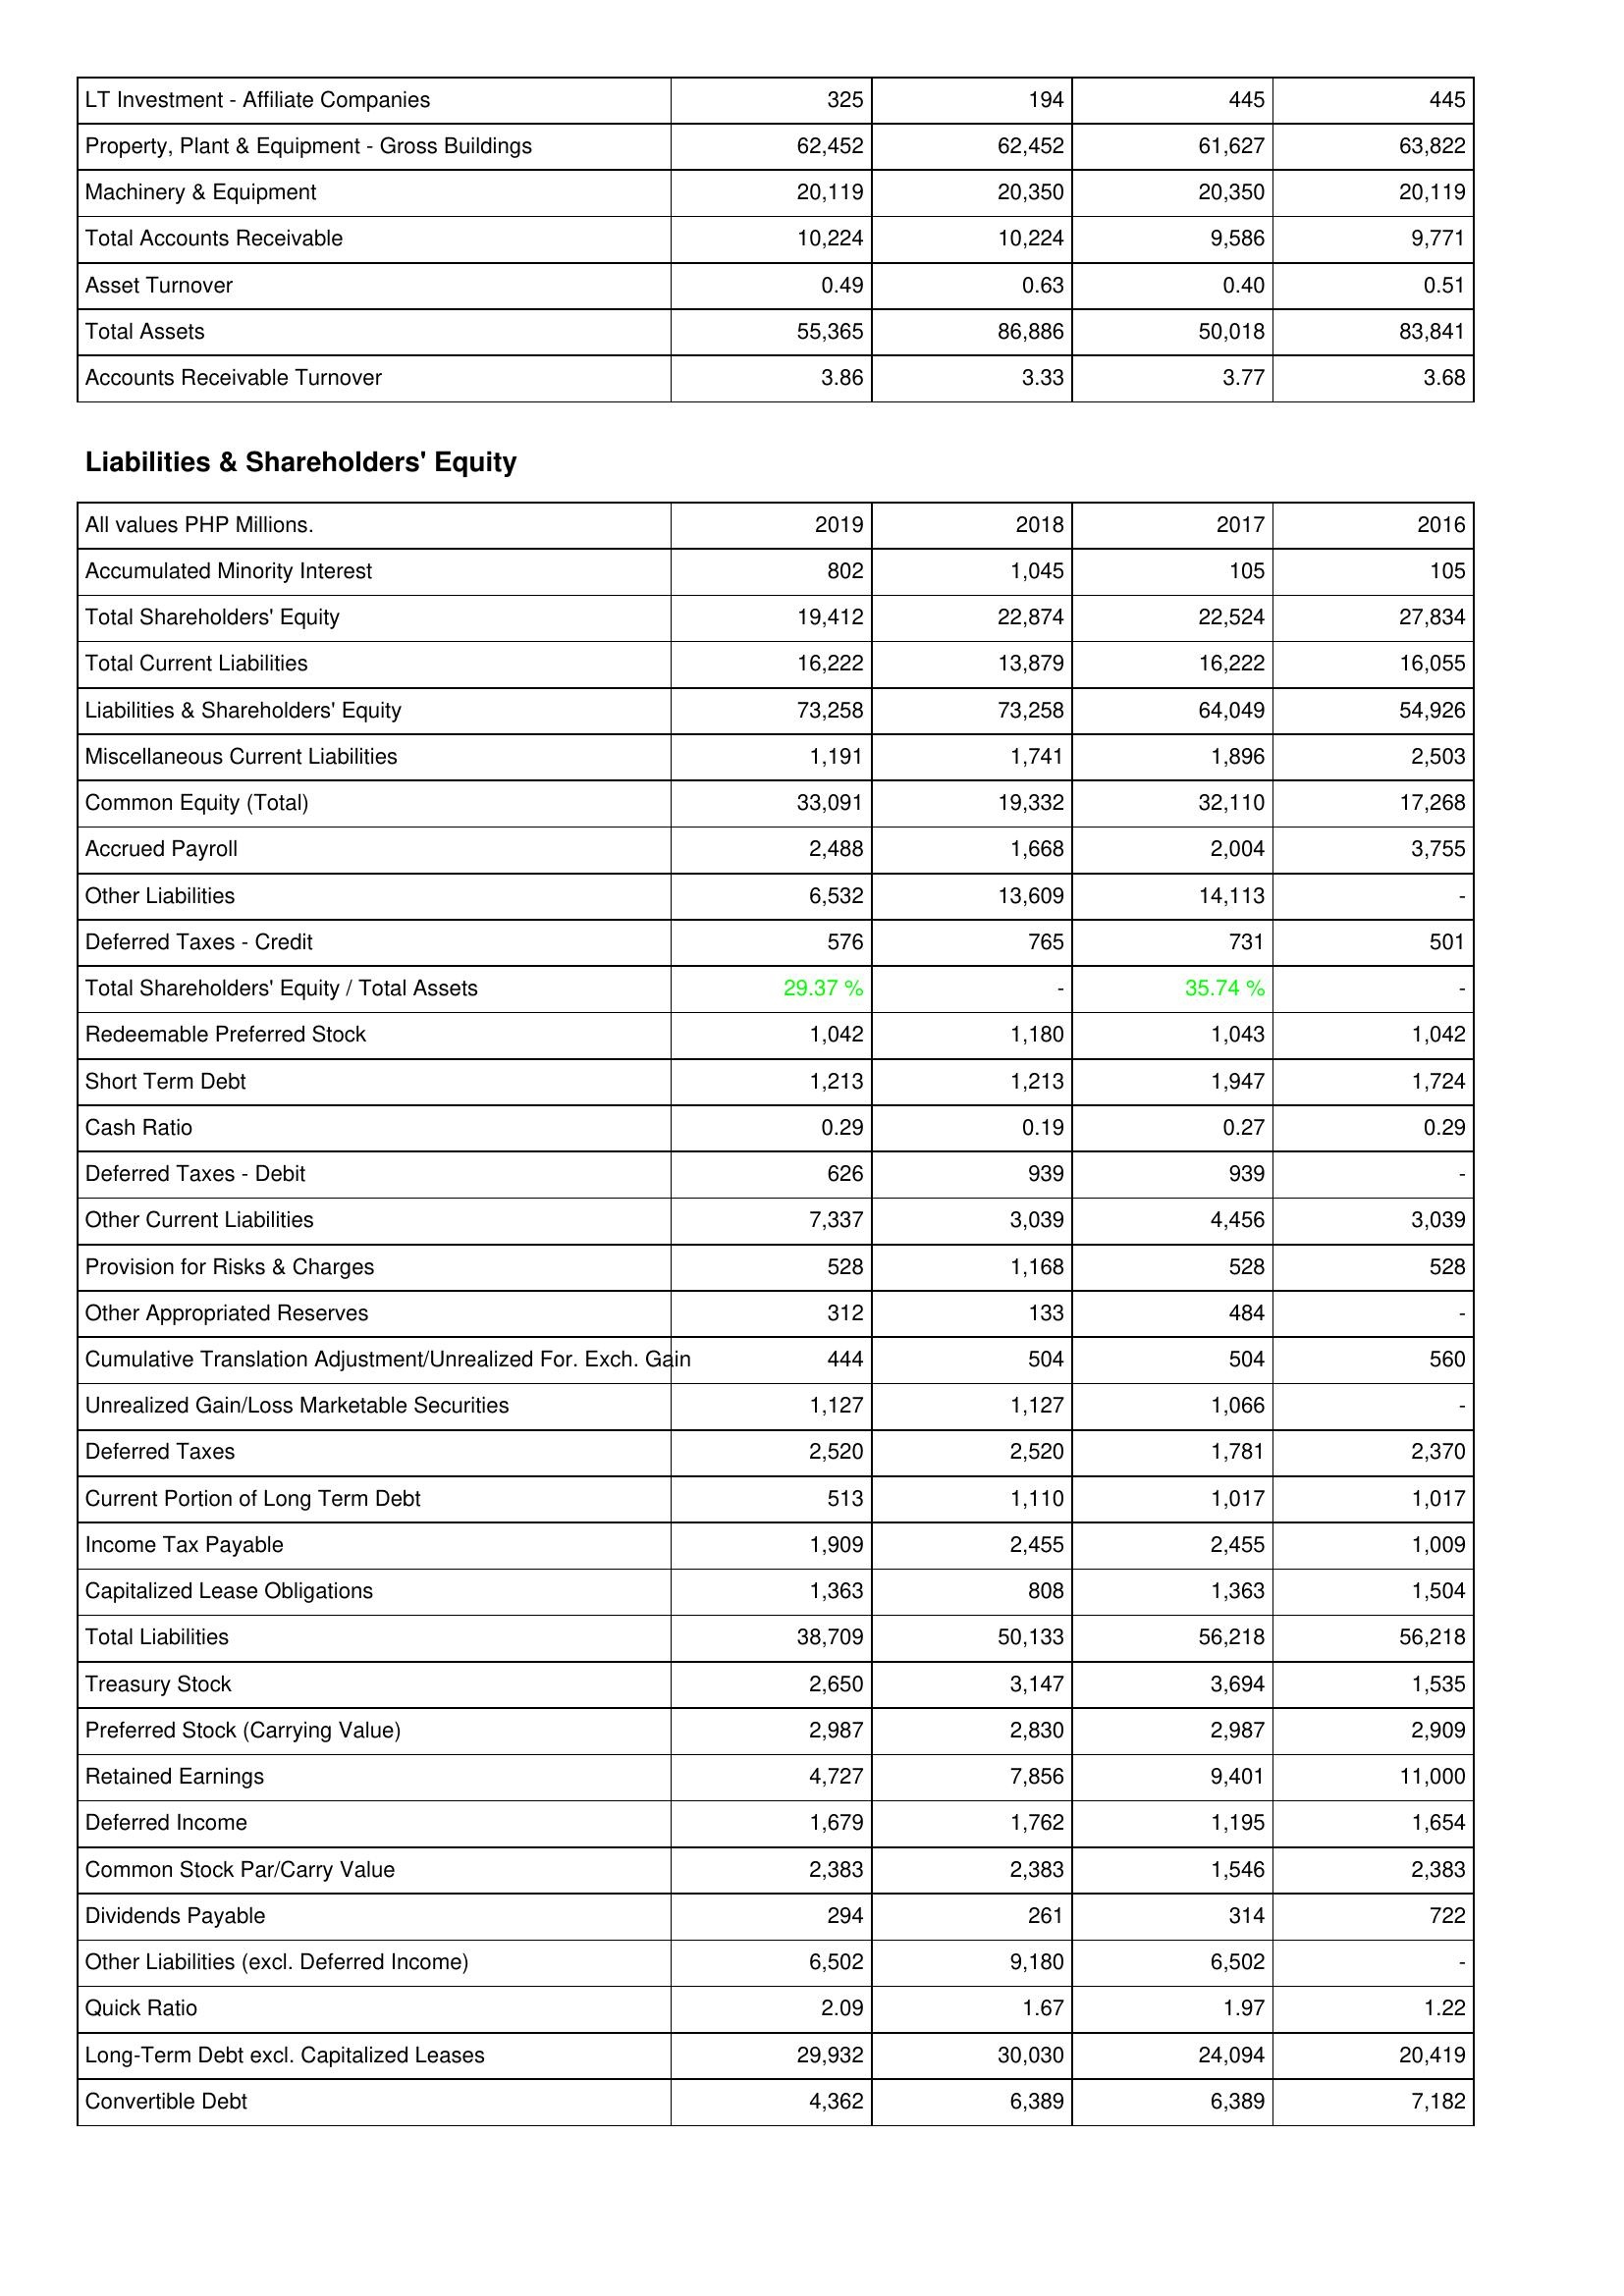
2019: Assets: LT Investment - Affiliate Companies: 325
Property, Plant & Equipment - Gross Buildings: 62,452
Machinery & Equipment: 20,119
Total Accounts Receivable: 10,224
Asset Turnover: 0.49
Total Assets: 55,365
Accounts Receivable Turnover: 3.86
Liabilities & Shareholders' Equity: Accumulated Minority Interest: 802
Total Shareholders' Equity: 19,412
Total Current Liabilities: 16,222
Liabilities & Shareholders' Equity: 73,258
Miscellaneous Current Liabilities: 1,191
Common Equity (Total): 33,091
Accrued Payroll: 2,488
Other Liabilities: 6,532
Deferred Taxes - Credit: 576
Total Shareholders' Equity / Total Assets: 29.37 %
Redeemable Preferred Stock: 1,042
Short Term Debt: 1,213
Cash Ratio: 0.29
Deferred Taxes - Debit: 626
Other Current Liabilities: 7,337
Provision for Risks & Charges: 528
Other Appropriated Reserves: 312
Cumulative Translation Adjustment/Unrealized For. Exch. Gain: 444
Unrealized Gain/Loss Marketable Securities: 1,127
Deferred Taxes: 2,520
Current Portion of Long Term Debt: 513
Income Tax Payable: 1,909
Capitalized Lease Obligations: 1,363
Total Liabilities: 38,709
Treasury Stock: 2,650
Preferred Stock (Carrying Value): 2,987
Retained Earnings: 4,727
Deferred Income: 1,679
Common Stock Par/Carry Value: 2,383
Dividends Payable: 294
Other Liabilities (excl. Deferred Income): 6,502
Quick Ratio: 2.09
Long-Term Debt excl. Capitalized Leases: 29,932
Convertible Debt: 4,362
2018: Assets: LT Investment - Affiliate Companies: 194
Property, Plant & Equipment - Gross Buildings: 62,452
Machinery & Equipment: 20,350
Total Accounts Receivable: 10,224
Asset Turnover: 0.63
Total Assets: 86,886
Accounts Receivable Turnover: 3.33
Liabilities & Shareholders' Equity: Accumulated Minority Interest: 1,045
Total Shareholders' Equity: 22,874
Total Current Liabilities: 13,879
Liabilities & Shareholders' Equity: 73,258
Miscellaneous Current Liabilities: 1,741
Common Equity (Total): 19,332
Accrued Payroll: 1,668
Other Liabilities: 13,609
Deferred Taxes - Credit: 765
Total Shareholders' Equity / Total Assets: -
Redeemable Preferred Stock: 1,180
Short Term Debt: 1,213
Cash Ratio: 0.19
Deferred Taxes - Debit: 939
Other Current Liabilities: 3,039
Provision for Risks & Charges: 1,168
Other Appropriated Reserves: 133
Cumulative Translation Adjustment/Unrealized For. Exch. Gain: 504
Unrealized Gain/Loss Marketable Securities: 1,127
Deferred Taxes: 2,520
Current Portion of Long Term Debt: 1,110
Income Tax Payable: 2,455
Capitalized Lease Obligations: 808
Total Liabilities: 50,133
Treasury Stock: 3,147
Preferred Stock (Carrying Value): 2,830
Retained Earnings: 7,856
Deferred Income: 1,762
Common Stock Par/Carry Value: 2,383
Dividends Payable: 261
Other Liabilities (excl. Deferred Income): 9,180
Quick Ratio: 1.67
Long-Term Debt excl. Capitalized Leases: 30,030
Convertible Debt: 6,389
2017: Assets: LT Investment - Affiliate Companies: 445
Property, Plant & Equipment - Gross Buildings: 61,627
Machinery & Equipment: 20,350
Total Accounts Receivable: 9,586
Asset Turnover: 0.40
Total Assets: 50,018
Accounts Receivable Turnover: 3.77
Liabilities & Shareholders' Equity: Accumulated Minority Interest: 105
Total Shareholders' Equity: 22,524
Total Current Liabilities: 16,222
Liabilities & Shareholders' Equity: 64,049
Miscellaneous Current Liabilities: 1,896
Common Equity (Total): 32,110
Accrued Payroll: 2,004
Other Liabilities: 14,113
Deferred Taxes - Credit: 731
Total Shareholders' Equity / Total Assets: 35.74 %
Redeemable Preferred Stock: 1,043
Short Term Debt: 1,947
Cash Ratio: 0.27
Deferred Taxes - Debit: 939
Other Current Liabilities: 4,456
Provision for Risks & Charges: 528
Other Appropriated Reserves: 484
Cumulative Translation Adjustment/Unrealized For. Exch. Gain: 504
Unrealized Gain/Loss Marketable Securities: 1,066
Deferred Taxes: 1,781
Current Portion of Long Term Debt: 1,017
Income Tax Payable: 2,455
Capitalized Lease Obligations: 1,363
Total Liabilities: 56,218
Treasury Stock: 3,694
Preferred Stock (Carrying Value): 2,987
Retained Earnings: 9,401
Deferred Income: 1,195
Common Stock Par/Carry Value: 1,546
Dividends Payable: 314
Other Liabilities (excl. Deferred Income): 6,502
Quick Ratio: 1.97
Long-Term Debt excl. Capitalized Leases: 24,094
Convertible Debt: 6,389
2016: Assets: LT Investment - Affiliate Companies: 445
Property, Plant & Equipment - Gross Buildings: 63,822
Machinery & Equipment: 20,119
Total Accounts Receivable: 9,771
Asset Turnover: 0.51
Total Assets: 83,841
Accounts Receivable Turnover: 3.68
Liabilities & Shareholders' Equity: Accumulated Minority Interest: 105
Total Shareholders' Equity: 27,834
Total Current Liabilities: 16,055
Liabilities & Shareholders' Equity: 54,926
Miscellaneous Current Liabilities: 2,503
Common Equity (Total): 17,268
Accrued Payroll: 3,755
Other Liabilities: -
Deferred Taxes - Credit: 501
Total Shareholders' Equity / Total Assets: -
Redeemable Preferred Stock: 1,042
Short Term Debt: 1,724
Cash Ratio: 0.29
Deferred Taxes - Debit: -
Other Current Liabilities: 3,039
Provision for Risks & Charges: 528
Other Appropriated Reserves: -
Cumulative Translation Adjustment/Unrealized For. Exch. Gain: 560
Unrealized Gain/Loss Marketable Securities: -
Deferred Taxes: 2,370
Current Portion of Long Term Debt: 1,017
Income Tax Payable: 1,009
Capitalized Lease Obligations: 1,504
Total Liabilities: 56,218
Treasury Stock: 1,535
Preferred Stock (Carrying Value): 2,909
Retained Earnings: 11,000
Deferred Income: 1,654
Common Stock Par/Carry Value: 2,383
Dividends Payable: 722
Other Liabilities (excl. Deferred Income): -
Quick Ratio: 1.22
Long-Term Debt excl. Capitalized Leases: 20,419
Convertible Debt: 7,182